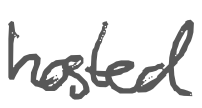
Text: hosted
Cross-out: clean
Writing tool: digital_gray